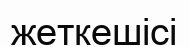
жеткешісі